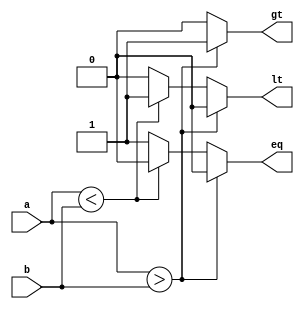
module inequality_comparator (
    input signed [31:0] a,
    input signed [31:0] b,
    output reg gt, // greater than
    output reg lt, // less than
    output reg eq // equal to
);

always @* begin
    if (a > b) begin
        gt = 1;
        lt = 0;
        eq = 0;
    end else if (a < b) begin
        gt = 0;
        lt = 1;
        eq = 0; 
    end else begin
        gt = 0;
        lt = 0;
        eq = 1;
    end
end

endmodule